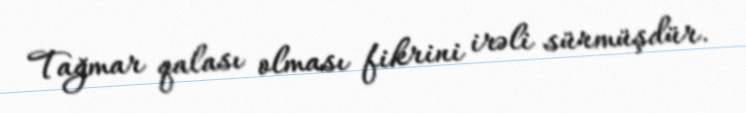
Tağmar qalası olması fikrini irəli sürmüşdür.